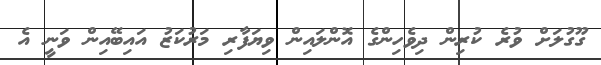
ގޫގުލަށް ވުރެ ކުރިން ދިވެހިންގެ އޮންލައިން ވިޔަފާރި މަރުކަޒު އައިބޭއިން ވަނީ އެ